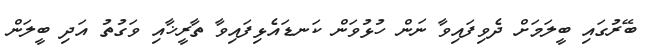
ބޭރުގައި ބީލަމަށް ދެވިފައިވާ ނަން ހުޅުވަން ކަނޑައެޅިފައިވާ ތާރީޚާއި ވަގުތު އަދި ބީލަން